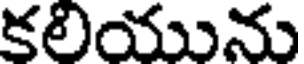
కలియును